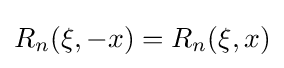
R_{n}(\xi ,-x)=R_{n}(\xi ,x)